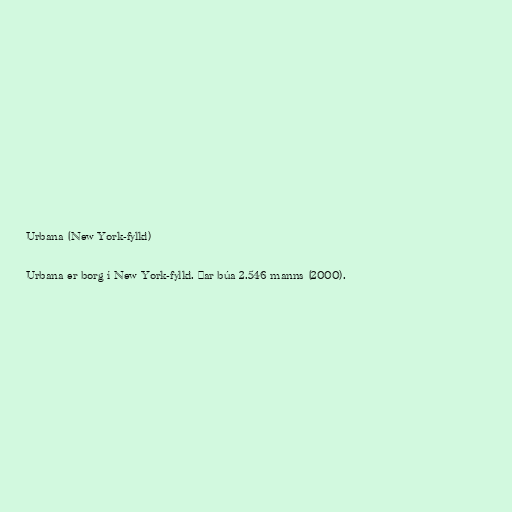
Urbana (New York-fylki)

Urbana er borg í New York-fylki. Þar búa 2.546 manns (2000).